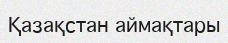
Қазақстан аймақтары